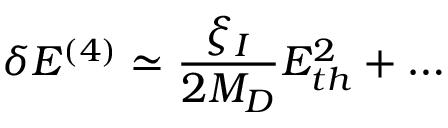
\delta E ^ { ( 4 ) } \simeq \frac { \xi _ { I } } { 2 M _ { D } } E _ { t h } ^ { 2 } + \dots